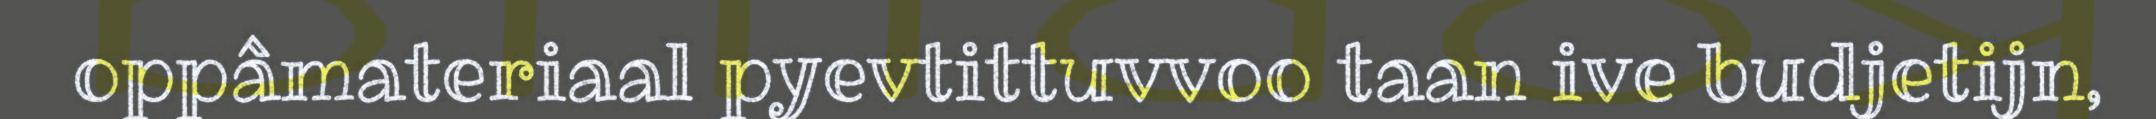
oppâmateriaal pyevtittuvvoo taan ive budjetijn,